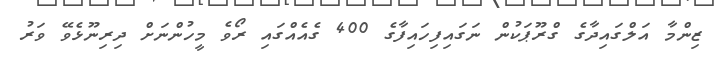
ޒިންމާ އަލްގައިދާގެ ގްރޫޕަކުން ނަގައިފިހައިފާގެ 400 ގެއެއްގައި ރޯވެ މީހުންނަށް ދިރިނޫޅެވޭ ވަރު